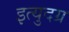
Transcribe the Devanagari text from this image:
इत्युदग्र